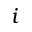
i